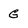
Character: G